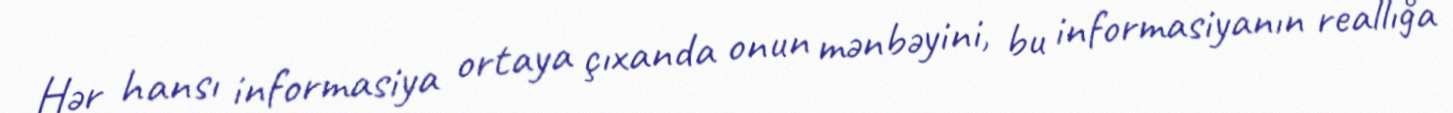
Hər hansı informasiya ortaya çıxanda onun mənbəyini, bu informasiyanın reallığa